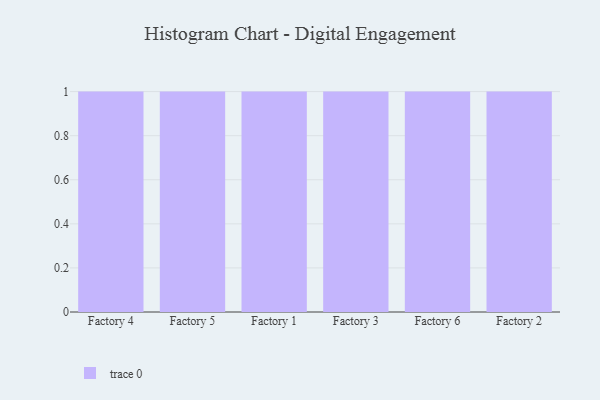
{"axis": {"x": "Factory", "y": "LTV (USD)"}, "legend": [""], "data": [{"x": "Factory 4", "y": 45, "type": ""}, {"x": "Factory 5", "y": 44, "type": ""}, {"x": "Factory 1", "y": 41, "type": ""}, {"x": "Factory 3", "y": 12, "type": ""}, {"x": "Factory 6", "y": 8, "type": ""}, {"x": "Factory 2", "y": 36, "type": ""}]}